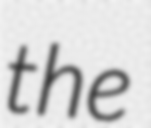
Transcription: the